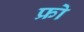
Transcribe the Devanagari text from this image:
फ्रो